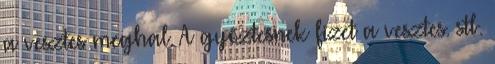
a vesztes meghal. A győztesnek fizet a vesztes. stb.